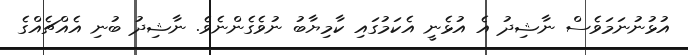
އުޅުނުނަމަވެސް ނާޝިދު އެ އުޅެނީ އެކަމުގައި ކާމިޔާބު ނުވެގެންނެވެ. ނާޝިދު ބުނި އެއްޗެއްގެ